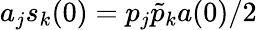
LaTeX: a_{j}s_{k}(0)=p_{j}\tilde{p}_{k}a(0)/2